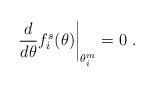
LaTeX: \begin{align*}\left. \frac{d}{d\theta }f_{i}^{s}(\theta )\right| _{\theta _{i}^{m}}=0\,\,.\end{align*}